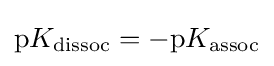
\mathrm {p} K_{\text{dissoc}}=-\mathrm {p} K_{\text{assoc}}